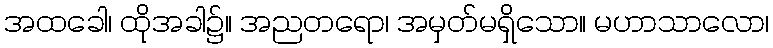
အထခေါ၊ ထိုအခါ၌။ အညတရော၊ အမှတ်မရှိသော။ မဟာသာလော၊